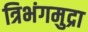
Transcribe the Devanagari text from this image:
त्रिभंगमुद्रा